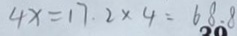
4 x = 1 7 . 2 \times 4 = 6 8 . 8